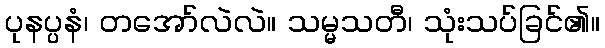
ပုနပ္ပနံ၊ တအော်လဲလဲ။ သမ္မသတီ၊ သုံးသပ်ခြင်၏။